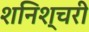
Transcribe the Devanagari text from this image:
शनिश्चरी